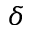
\delta